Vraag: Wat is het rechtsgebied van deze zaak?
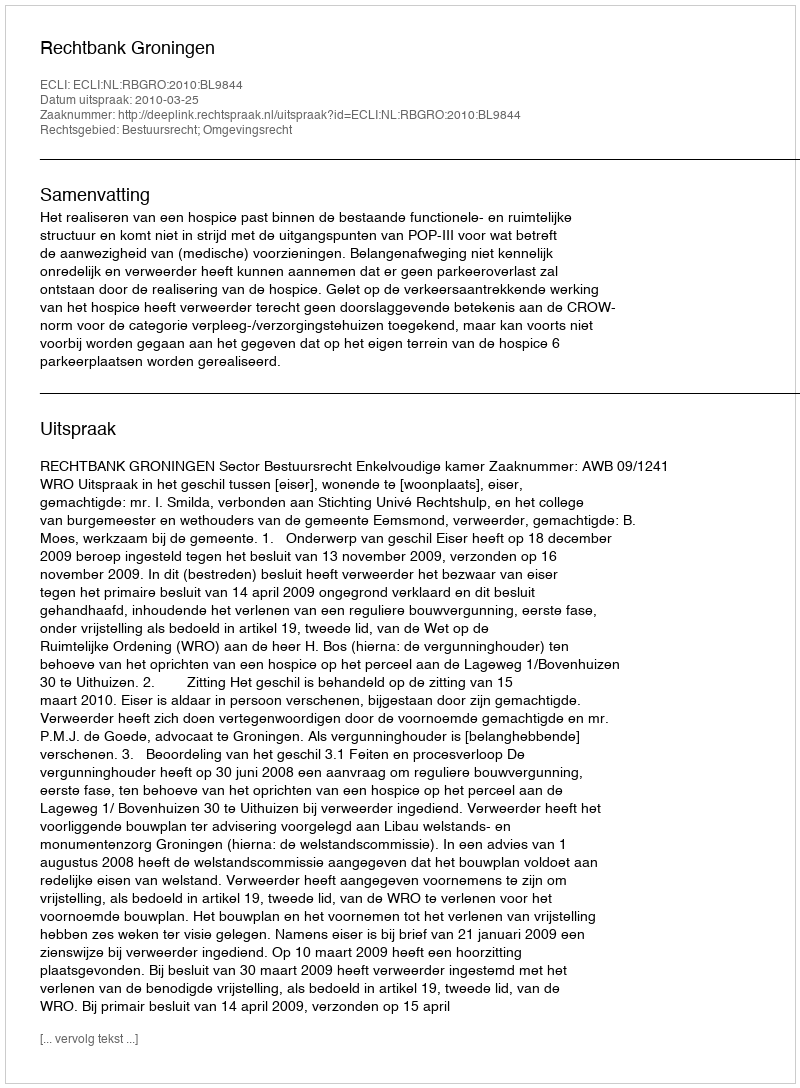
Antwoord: Bestuursrecht; Omgevingsrecht